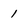
Character: 1